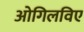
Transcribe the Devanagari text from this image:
ओगिलविए